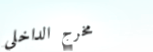
مخرج الداخلي